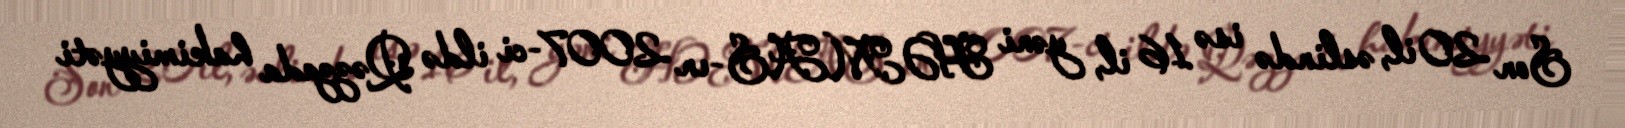
Son 20 il, əslində isə 16 il, yəni HƏMAS-ın 2007-ci ildə Qəzzada hakimiyyəti